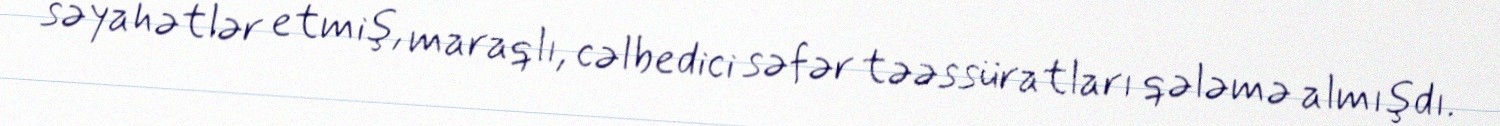
səyahətlər etmiş, maraqlı, cəlbedici səfər təəssüratları qələmə almışdı.